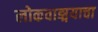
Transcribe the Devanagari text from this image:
लोकवाङ्मयाचा